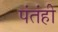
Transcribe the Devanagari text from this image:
पंतंही